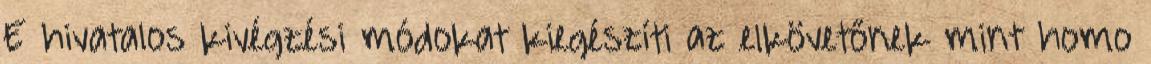
E hivatalos kivégzési módokat kiegészíti az elkövetőnek mint homo